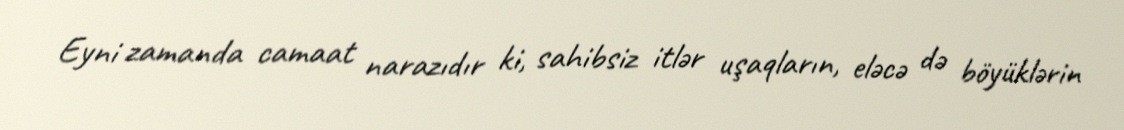
Eyni zamanda camaat narazıdır ki, sahibsiz itlər uşaqların, eləcə də böyüklərin